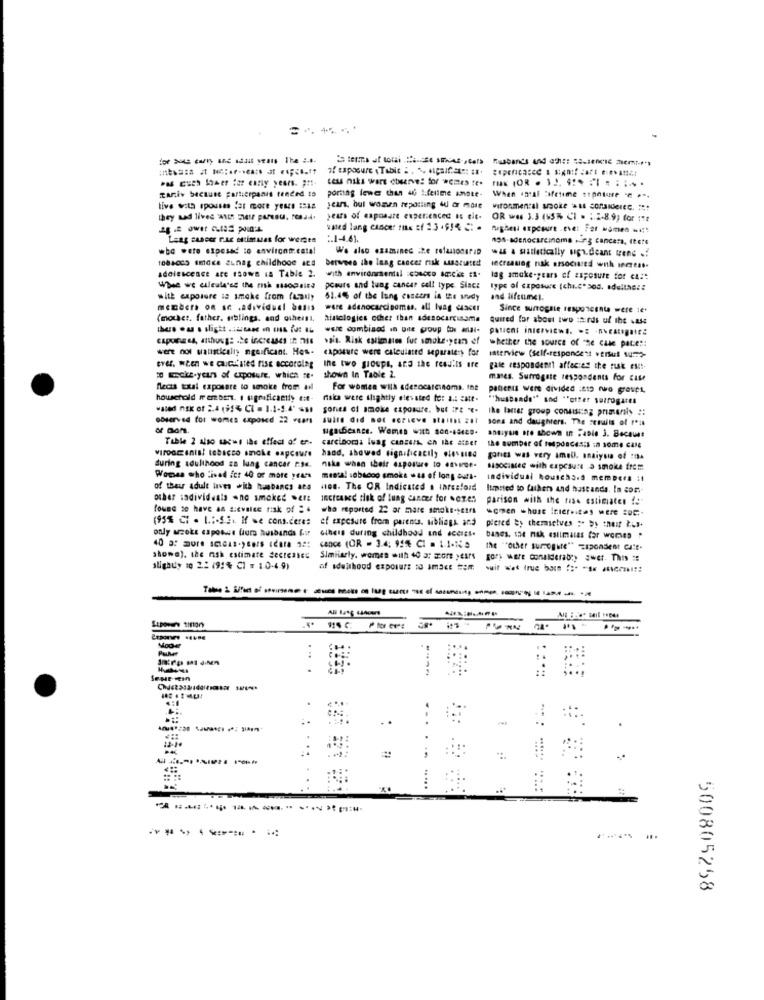
= letts at toni : 30 Street ,car husbands and ch :: 19-1001c nem
of exposure Table . . . . ipaif. eks: :.
cess niks wart cherve: for womes te.
zaniv because participanis tended to
portag fewer than ifj lifetime anote-
When Inst Metime etpature " .-
tive with spouses far more years :: 1A
years, bul women reposting i or more
vironmental smoke - considerec. #t+
they ud lived with mer parest. resad.
years of capoaste experienced as ele-
OR wel 3.3 (15% CI . ; 2-8.9) for ist
usted lang cancer mas of 23 .$54 C: .
Leag cancer rite ettimutas for wergen
:. 1-4.61.
who were exposed :o environm.cata!
We also examine the refusonsrap
was a satletically sign.deant trene .!
1084005 smdce ELnag childhood aca
berweee the lung cancer risk usarited
adolescence ACC 13OwB 18 Table 2.
with environmental pacco Amicis #1.
lecreasing rak associated with incest-
lag amoke-years of exposure for ca ::
Wie we elleala's the mk 1sogniEd
pcours and lung cancer cell type. Since
type of exposure (chi.c" sos, edellae ::
with exposure is smoke from (Lally
51.4% of the lang esseer in the study
and lifeumel.
members on se .adıvidual betis
ware adenocarcinomas. all lung cancer
Since surogsie responcente were se'
(mouser. father. arblings, and others1.
histologics other than adenocarcinoma
quired for about two thirds of the wass
were combined in one group tor anal-
whether the source of "Se cale paten:
were not watistically ngoificant. Hos-
exposure were calculated separate:) for
interview (self-respondent strut sum-
the two groups, and the results are
gale respondent affecies the tusk eset-
so wecz.years of exposure, which re-
shown In Table 2.
mases. Surrogate respondents For cile
necis total exposure to smoke from all
For women with adenocarcinoma. the
patients were divided :212 no grospi,
household members. I usgraficaetty et-
niska were slightly elevated for a .: cate-
"husbande" and "offer surrogates
sonea of smoke exposure, but iPe "-
Ike latter group consisitag primeris ::
observe4 for womes exposed 22 Fears
suite did not ECriEve ..!!! ##1
sons and daughters. The results of fil
sugabcance. Wemes witt 800-48429.
Table 2 also wc-s the effect of e-
carcinoma lung cancers. on the aster
antiyse are shown in FaDie 3. Because
vironcinis! tobacco smoke eapceure
the number of tedpdacesis in some Cale
hand, showed significacily .lessina
gories was very small, snaiysia of !A
during adulthood za lung cancer r.se.
nike when their exposure to enviroe-
sasociace with expcause a smoke frem
Women who lived fc: 40 or more years
mental sobacoo smoke was of long eurs-
Individual houscha.d memeces :1
of their adult laves *ich hunbancs ata
non. The OR Indicated . Ihres!oid
Itmsted to fathers and hustande. In cor-
other sadividasis .no smoked .ers
increased tek of lung cancer for .ezes
parison with the rise estimates !: "
found so have as sicvalee risk of = 4
who reported 22 ar mare smoke-setrs
(95% CI . I .:- 5.2 .. If we cons.ceres
of exposure from parents. siblings and
only arcoke esposwe fiurs husbands Lir
others during childhood and acesss.
pered by themselves :" by thest tis.
banes, she rak estimates for women .
cance (OR - 3.4, 95% CI . 1.1-Na
the ""other surnogute"" "spondent ca"t.
showa), the risk estimate decreased
Similarly, women with 40 3: Ecore years
slightly 10 2.2 19:% C1 = 10-4.9)
of adulthood exposure to smace #om
wit wet true bom ::* ** ******
-
- -- ---
Paket
..
-
.
500805258